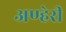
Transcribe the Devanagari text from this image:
अण्हेरी